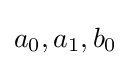
a_{0},a_{1},b_{0}